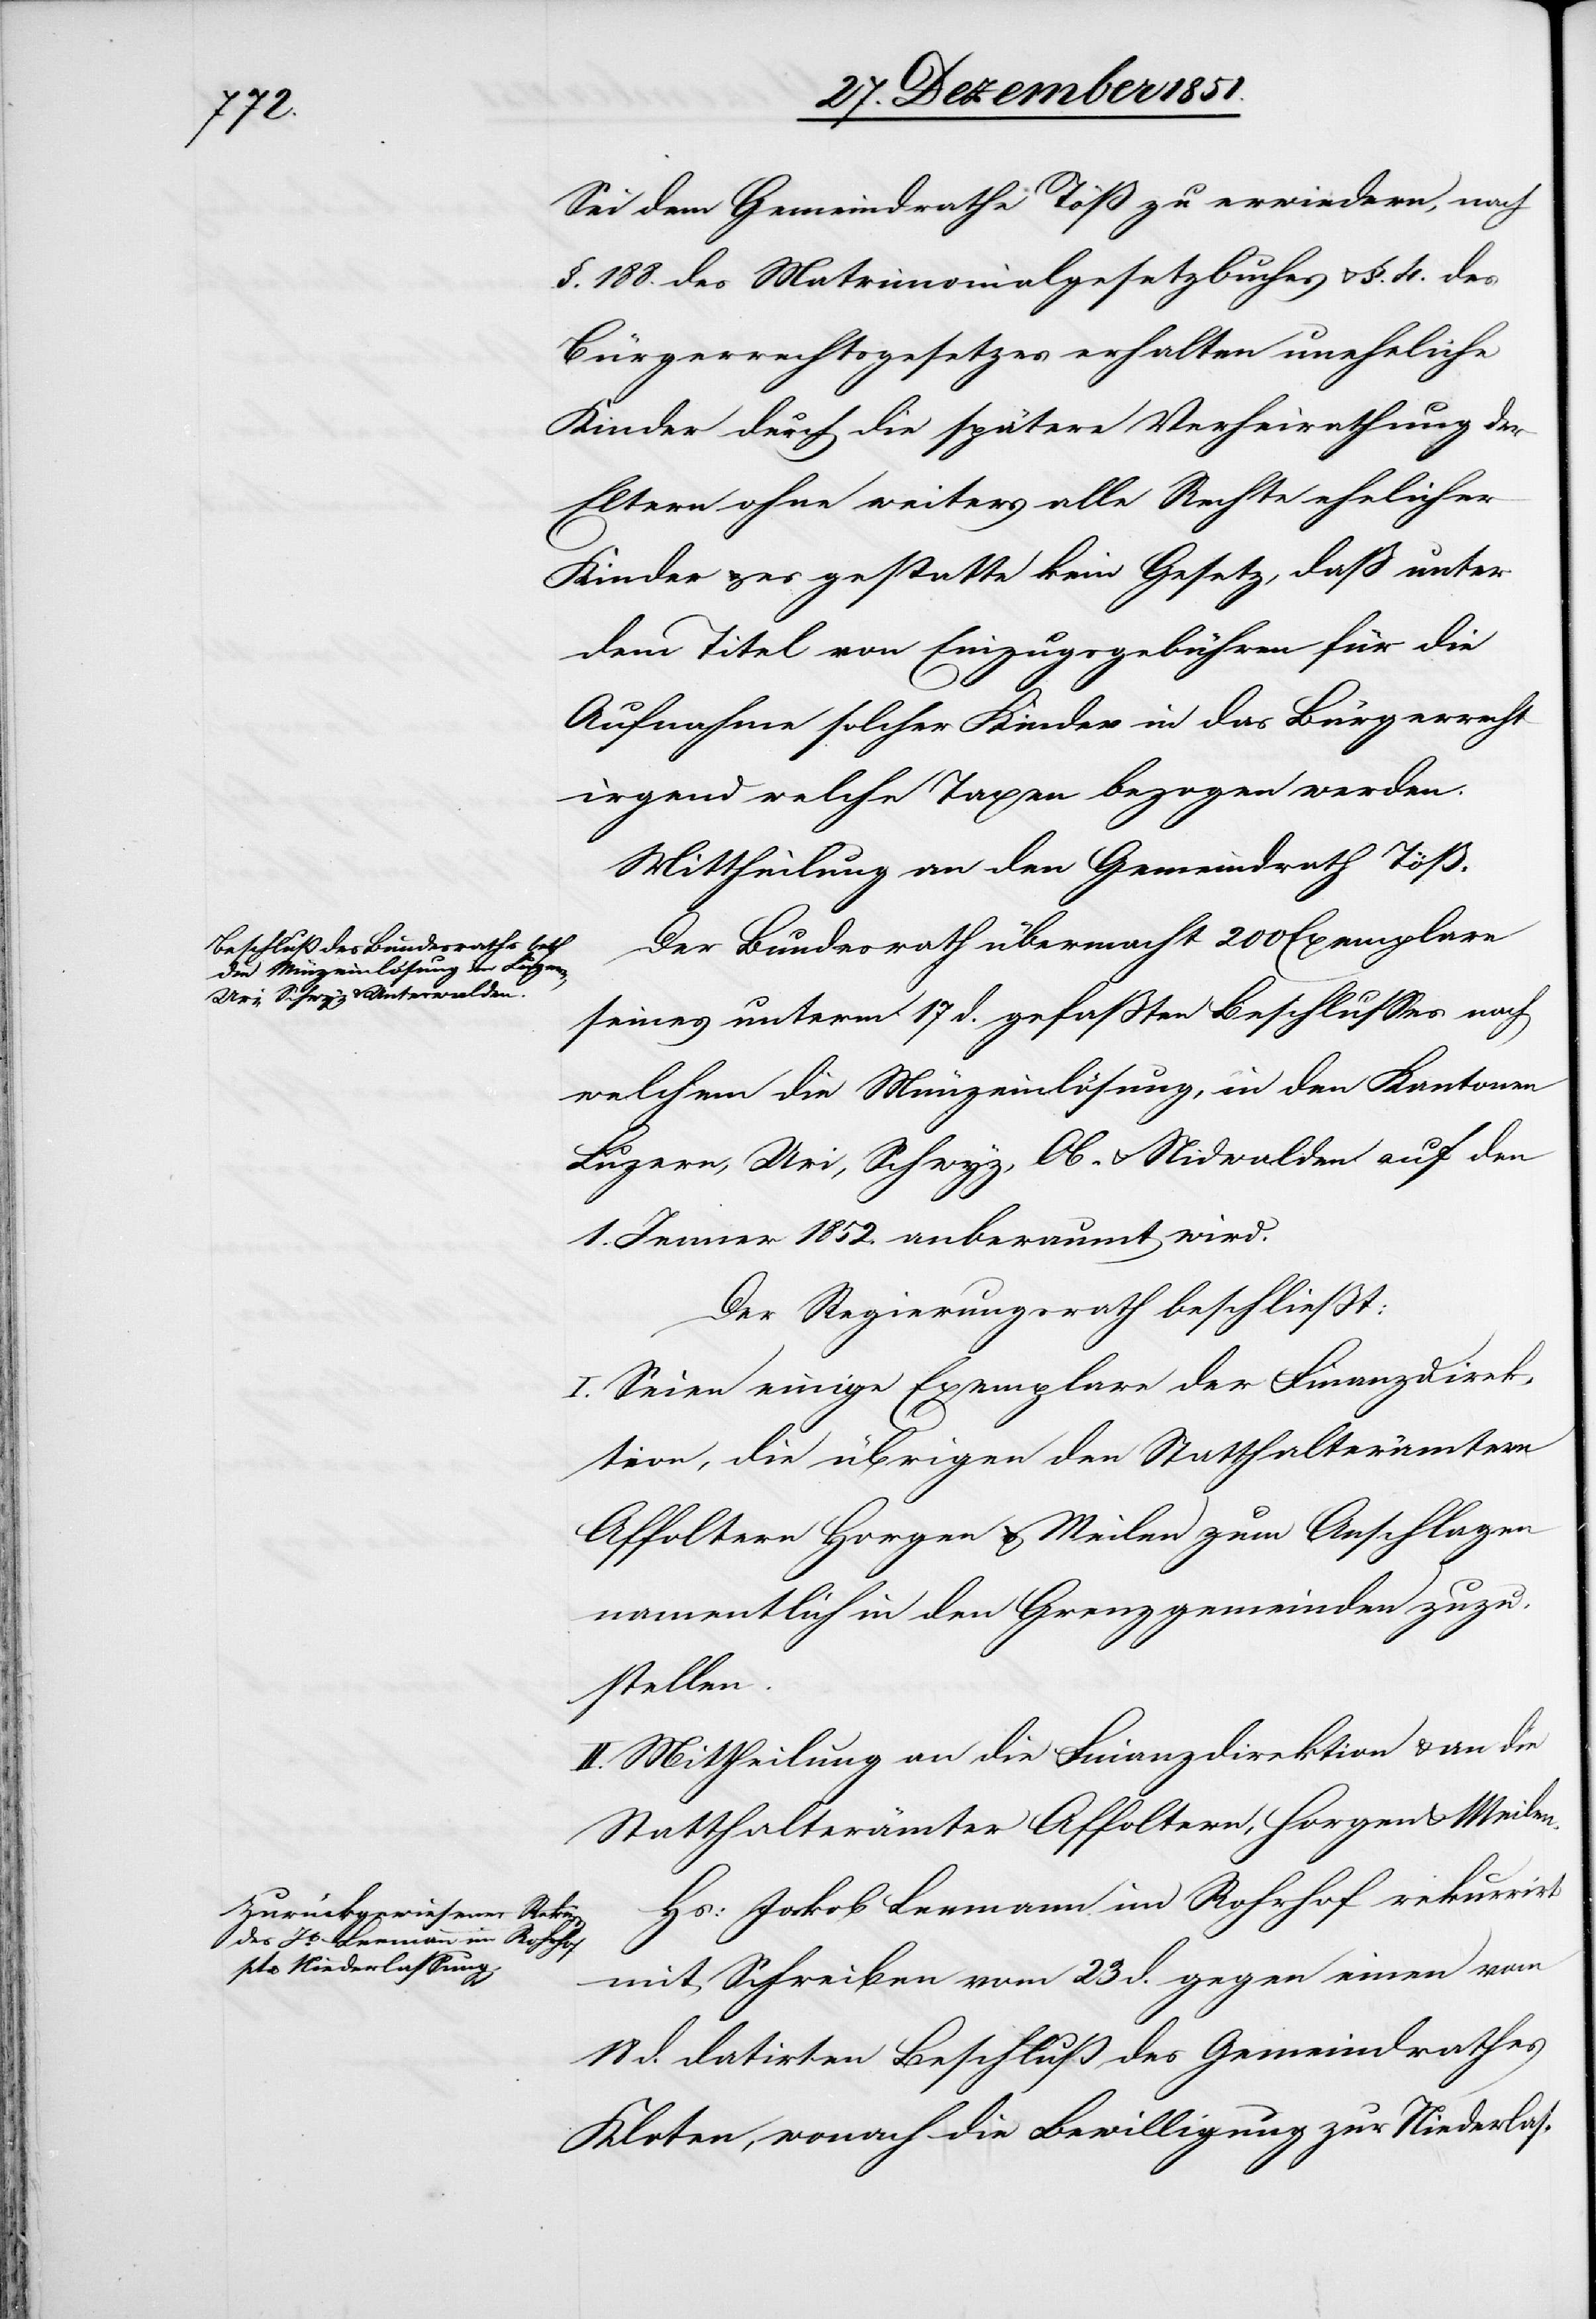
Sei dem Gemeindrathe Töß zu erwiedern, nach
§. 188. des Matrimonialgesetzbuches & §. 4. des
Bürgerrechtsgesetzes erhalten uneheliche
Kinder durch die spätere Verheirathung der
Eltern ohne weiters alle Rechte ehelicher
Kinder & es gestatte kein Gesetz, daß unter
dem Titel von Einzugsgebühren für die
Aufnahme solcher Kinder in das Bürgerrecht
irgend welche Taxen bezogen werden.
Mittheilung an den Gemeindrath Töß.
Der Bundesrath übermacht 200 Exemplare
seines unterm 17 d. gefaßten Beschlusses nach
welchem die Münzeinlösung, in den Kantonen
Luzern, Uri, Schwyz, Ob- & Nidwalden auf den
1. Jenner 1852. anberaumt wird.
Der Regierungsrath beschließt:
I. Seien einige Exemplare der Finanzdirek¬
tion, die übrigen den Statthalterämtern
Affoltern[,] Horgen & Meilen zum Anschlagen
namentlich in den Grenzgemeinden zuzu¬
stellen.
II. Mittheilung an die Finanzdirektion & an die
Statthalterämter Affoltern, Horgen & Meilen.
Hs: Jakob Leemann im Rohrhof rekurrirt
mit Schreiben vom 23 d. gegen einen vom
d. datirten Beschluß des Gemeindrathes
Kloten, wonach die Bewilligung zur Niederlas-